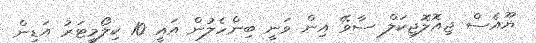
ޔޫއެސް ޖިއޮލޮޖިކަލް ސާވޭ އިން ވަނީ ބިންހެލުން އައީ 10 ކިލޯމީޓަރު އަޑިން